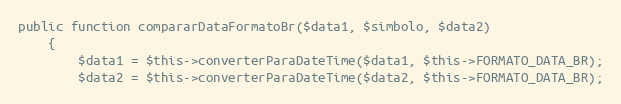
Language: PHP
public function compararDataFormatoBr($data1, $simbolo, $data2)
    {
        $data1 = $this->converterParaDateTime($data1, $this->FORMATO_DATA_BR);
        $data2 = $this->converterParaDateTime($data2, $this->FORMATO_DATA_BR);